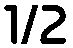
1/2